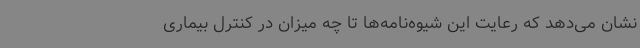
نشان می‌دهد که رعایت این شیوه‌نامه‌ها تا چه میزان در کنترل بیماری